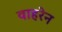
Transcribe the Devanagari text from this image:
वाहरेन